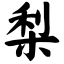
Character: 梨